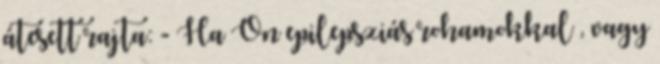
átesett rajta: - Ha Ön epilepsziás rohamokkal , vagy